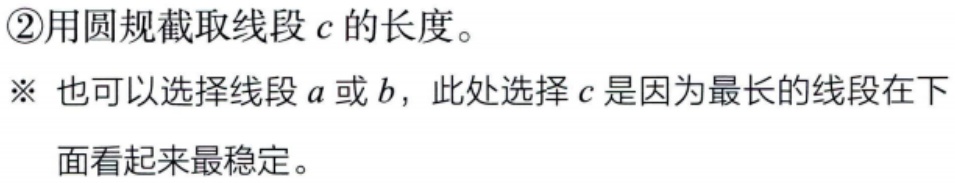
\textcircled{2}用圆规截取线段\(c\)的长度。
※ 也可以选择线段\(a\)或\(b\)，此处选择\(c\)是因为最长的线段在下面看起来最稳定。